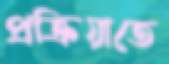
প্রক্রিয়াতে